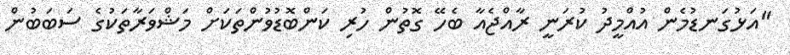
"އަޅުގަނޑުމެން އުއްމީދު ކުރަނީ ރާއްޖެއާ ބެހޭ ގޮތުން ހުރި ކަންބޮޑުވުންތަކަށް މަޝްވަރާތަކުގެ ސަބަބުން